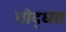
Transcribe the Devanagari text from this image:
चोद्धत